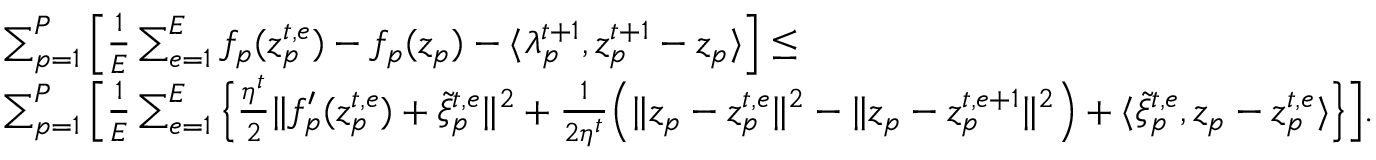
\begin{array} { r l } & { \sum _ { p = 1 } ^ { P } \Big [ \frac { 1 } { E } \sum _ { e = 1 } ^ { E } f _ { p } ( z _ { p } ^ { t , e } ) - f _ { p } ( z _ { p } ) - \langle \lambda _ { p } ^ { t + 1 } , z _ { p } ^ { t + 1 } - z _ { p } \rangle \Big ] \leq } \\ & { \sum _ { p = 1 } ^ { P } \Big [ \frac { 1 } { E } \sum _ { e = 1 } ^ { E } \Big \{ \frac { \eta ^ { t } } { 2 } \| f _ { p } ^ { \prime } ( z _ { p } ^ { t , e } ) + \tilde { \xi } _ { p } ^ { t , e } \| ^ { 2 } + \frac { 1 } { 2 \eta ^ { t } } \Big ( \| z _ { p } - z _ { p } ^ { t , e } \| ^ { 2 } - \| z _ { p } - z _ { p } ^ { t , e + 1 } \| ^ { 2 } \Big ) + \langle \tilde { \xi } _ { p } ^ { t , e } , z _ { p } - z _ { p } ^ { t , e } \rangle \Big \} \Big ] . } \end{array}